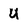
Character: U